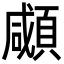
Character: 顑